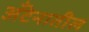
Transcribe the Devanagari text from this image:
अँटेनातील